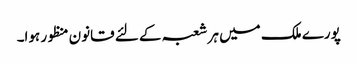
پورے ملک میں ہر شعبہ کے لئے قانون منظور ہوا۔